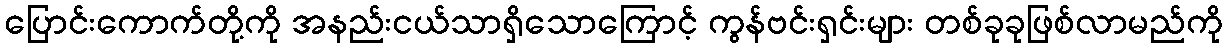
ပြောင်းကောက်တို့ကို အနည်းငယ်သာရှိသောကြောင့် ကွန်ဗင်းရှင်းများ တစ်ခုခုဖြစ်လာမည်ကို